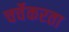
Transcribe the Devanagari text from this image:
चर्चेकरता